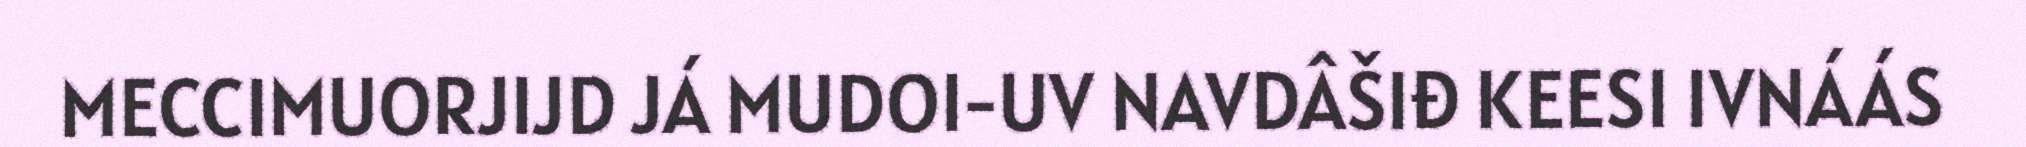
MECCIMUORJIJD JÁ MUDOI-UV NAVDÂŠIĐ KEESI IVNÁÁS